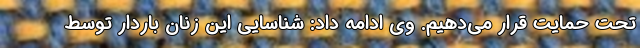
تحت حمایت قرار می‌دهیم. وی ادامه داد: شناسایی این زنان باردار توسط